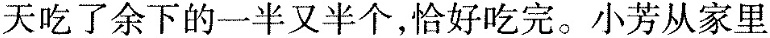
天吃了余下的一半又半个，恰好吃完。小芳从家里